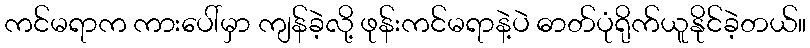
ကင်မရာက ကားပေါ်မှာ ကျန်ခဲ့လို့ ဖုန်းကင်မရာနဲ့ပဲ ဓာတ်ပုံရိုက်ယူနိုင်ခဲ့တယ်။